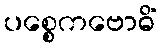
ပစ္စေကဗောဓိံ